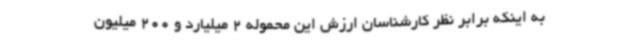
به اینکه برابر نظر کارشناسان ارزش این محموله 2 میلیارد و 200 میلیون